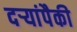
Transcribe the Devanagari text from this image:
दऱ्यांपैकी